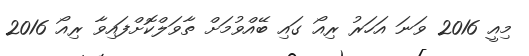
މިއީ 2016 ވަނަ އަހަރު ރިއޯ ގައި ބޭއްވުމަށް ތާވަލްކޮށްފައިވާ ރިއޯ 2016